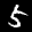
Label: 5